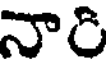
నారి